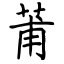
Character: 莆